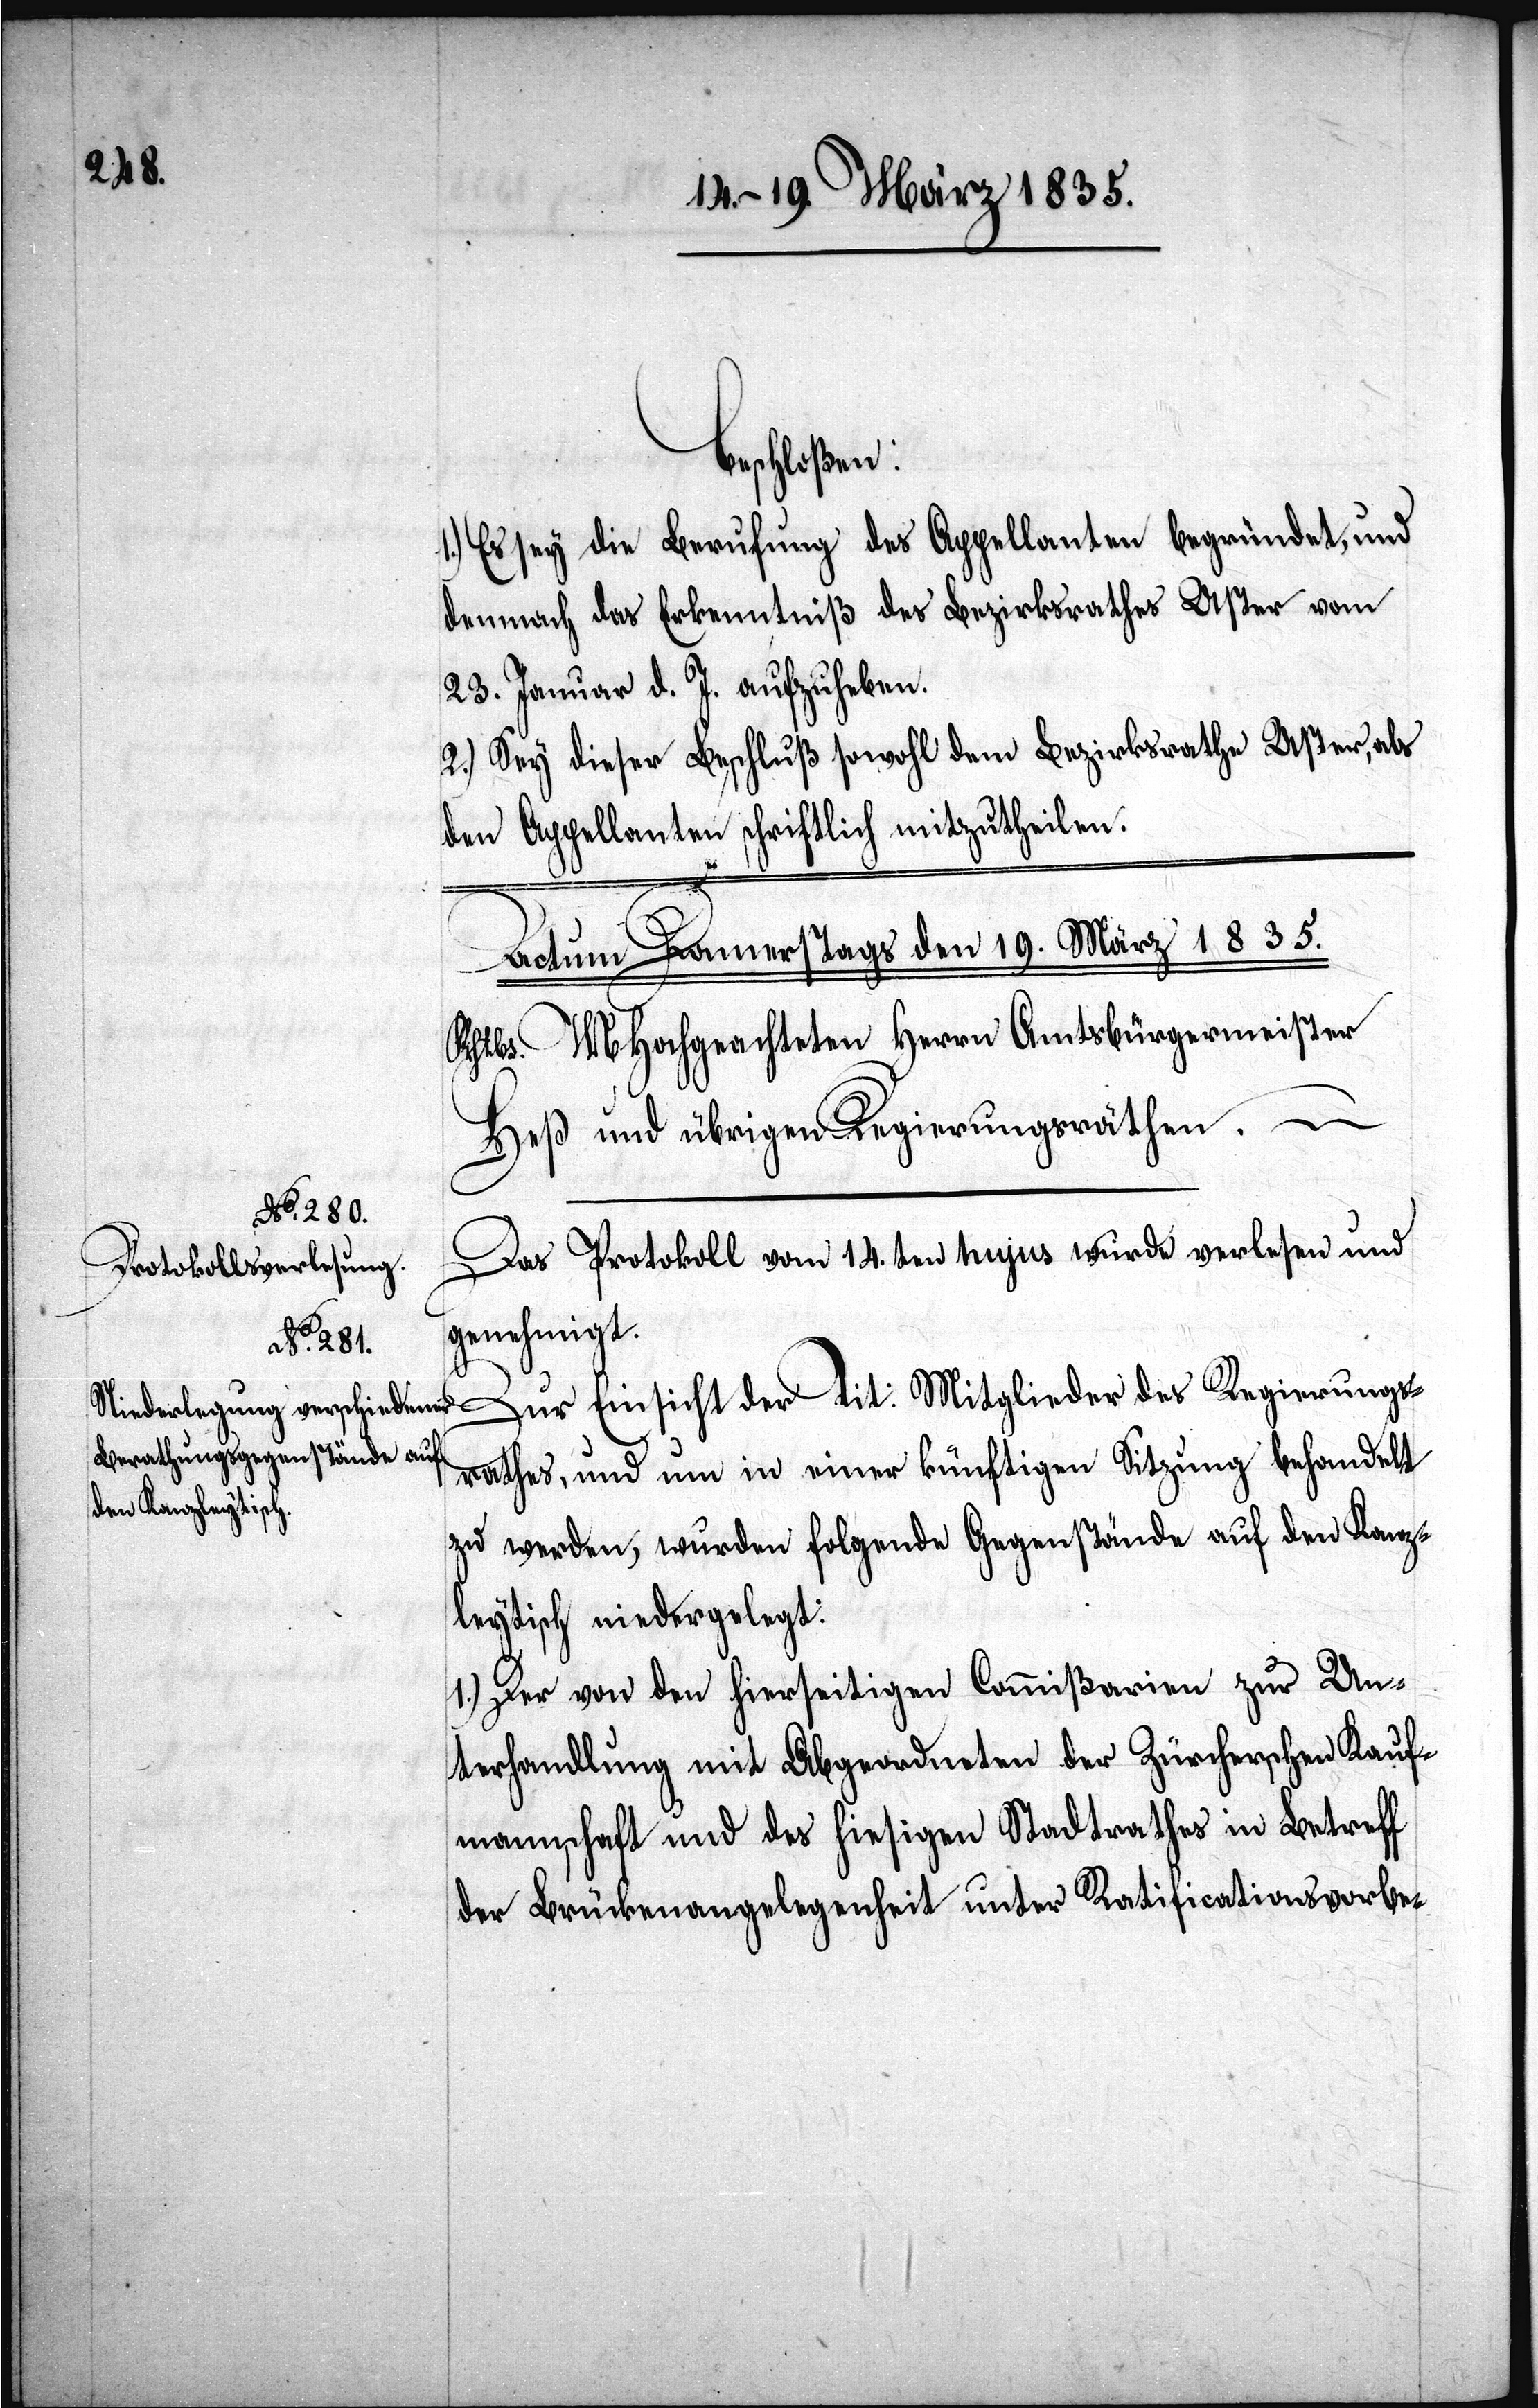
beschloßen:
1.) Es sey die Berufung des Appellanten begründet, und
demnach das Erkenntniß des Bezirksrathes Uster vom
23. Januar d. J. aufzuheben.
2.) Sey dieser Beschluß sowohl dem Bezirksrathe Uster, als
den Appellanten schriftlich mitzutheilen.
Das Protokoll vom 14.ten hujus wurde verlesen und
genehmigt.
Zur Einsicht der Tit: Mitglieder des Regierungs¬
rathes, und um in einer künftigen Sitzung behandelt
zu werden, wurden folgende Gegenstände auf den Kanz¬
leytisch niedergelegt:
1.) Der von den hierseitigen Commißionen zur Un¬
terhandlung mit Abgeordneten der Zürcherschen Kauf¬
mannschaft und des hiesigen Stadtrathes in Betreff